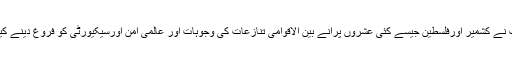
اس موقع پر اقوام متحدہ میں پاکستان کی مستقل مندوب نے کشمیر اورفلسطین جیسے کئی عشروں پرانے بین الاقوامی تنازعات کی وجوہات اور عالمی امن اورسیکیورٹی کو فروغ دینے کیلئے ان کے حل پرتوجہ مرکوز کرنے پر زوردیاہے۔